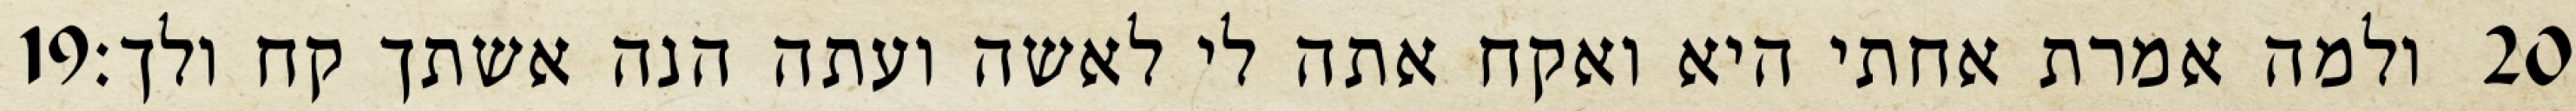
‎19‏ ולמה אמרת אחתי היא ואקח אתה לי לאשה ועתה הנה אשתך קח ולך׃ ‎20‏